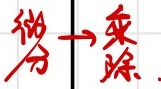
微分$\to$乘除.